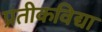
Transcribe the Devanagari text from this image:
प्रतीकविद्या